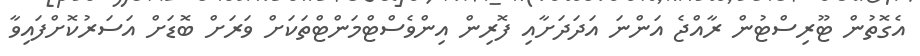
އެގޮތުން ޓޫރިސްޓުން ރާއްޖެ އަންނަ އަދަދަށާއި ފޮރިން އިންވެސްޓްމަންޓްތަކަށް ވަރަށް ބޮޑަށް އަސަރުކޮށްފައިވާ